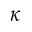
\kappa